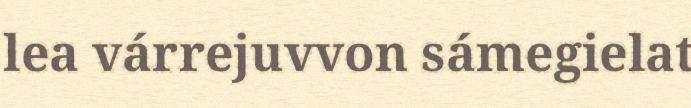
lea várrejuvvon sámegielat